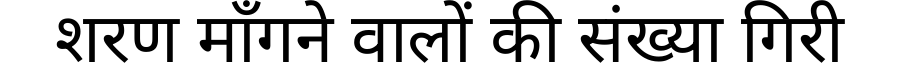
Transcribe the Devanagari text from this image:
शरण माँगने वालों की संख्या गिरी